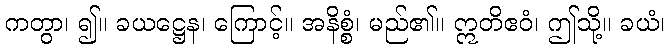
ကတွာ၊ ၍။ ခယဋ္ဌေန၊ ကြောင့်။ အနိစ္စံ၊ မည်၏။ ဣတိဧဝံ၊ ဤသို့။ ခယံ၊